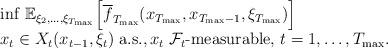
LaTeX: \begin{align*} \begin{array}{l}{\inf} \; \mathbb{E}_{\xi_2,\ldots,\xi_{T_{\max}}}\Big[ {\overline{f}}_{T_{\max}} (x_{T_{\max}}, x_{T_{\max}-1}, \xi_{T_{\max}}) \Big]\\x_t \in X_t( x_{t-1}, \xi_t )\;\mbox{a.s.}, x_{t} \;\mathcal{F}_t\mbox{-measurable, }t=1,\ldots,T_{\max}.\end{array}\end{align*}